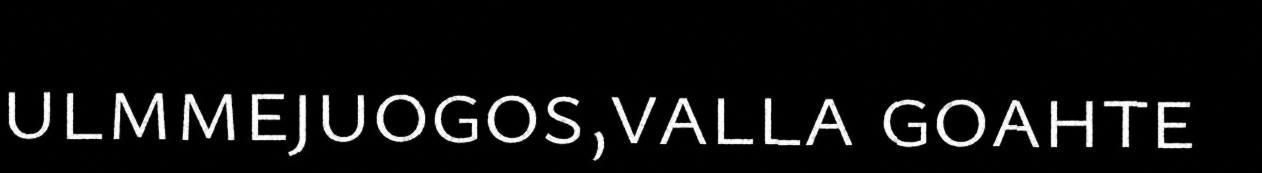
ulmmejuogos,valla goahte